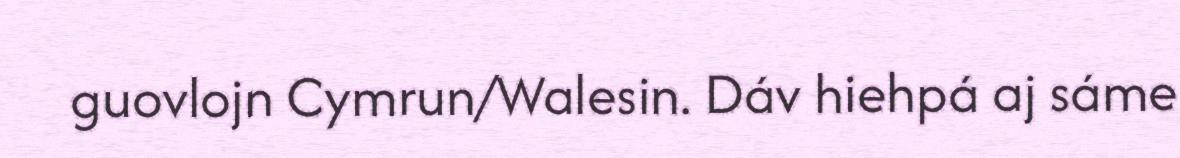
guovlojn Cymrun/Walesin. Dáv hiehpá aj sáme